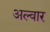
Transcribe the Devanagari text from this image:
अल्वार